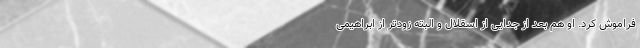
فراموش کرد. او هم بعد از جدایی از اسقلال و البته زودتر از ابراهیمی